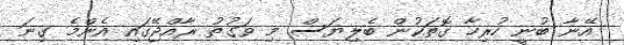
އޭނާ ބުނީ ހުރިހާ ގޮތަކުން ބެލިޔަސް މި ވަގުތު ރާއްޖޭގައި އެންމެ ގިނަ